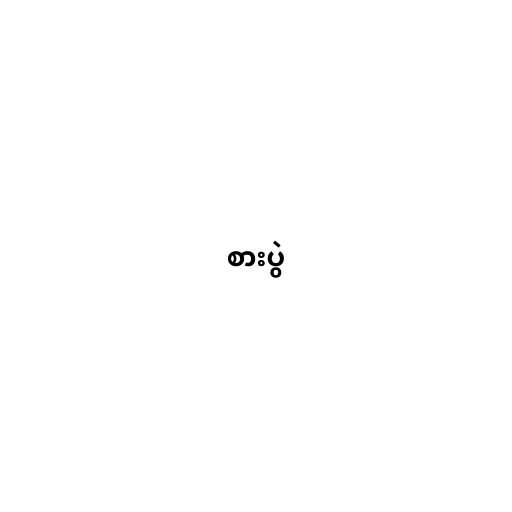
စားပွဲ